Indian journal of veterinary science and animal husbandry - Volumes 22-23, 1952-1953
Year: 1952
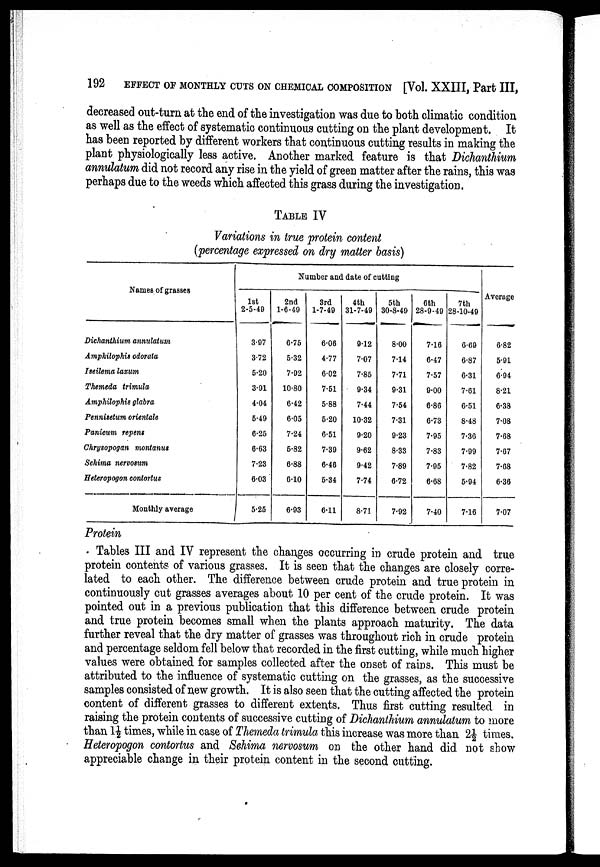
192
EFFECT OF MONTHLY CUTS ON CHEMICAL COMPOSITION [Vol. XXIII, Part III,
decreased out-turn at the end of the investigation was due to both climatic condition
as well as the effect of systematic continuous cutting on the plant development. It
has been reported by different workers that continuous cutting results in making the
plant physiologically less active. Another marked feature is that Dichanthium
annulatum did not record any rise in the yield of green matter after the rains, this was
perhaps due to the weeds which affected this grass during the investigation.
TABLE IV
Variations in true protein content
(percentage expressed on dry matter basis)
Names of grasses
Dichanthium annulatum
Amphilophis odorala
Iseilema laxum
Themeda trimula
Amphilophis glabra
Pennisetum orientale
Panicum repens
Chrysopogan montanus
Sehima nervosum
Heteropogon contortus
Monthly average
Number and date of cutting
1st
2-5-49
3.97
3.72
5.20
3.91
4.04
5.49
6.25
6.63
7.23
6.03
5.25
2nd
1-6-49
6.75
5.32
7.92
10.80
6.42
6.05
7.24
5.82
6.88
640
6.93
3rd
1-7-49
6.06
4.77
6.02
7.51
5.88
5.20
6.51
7.39
6.46
5.34
6.11
4th
31-7-49
9.12
7.07
7.85
9.34
7.44
10.32
9.20
9.62
9.42
7.74
8.71
5th
30-8-49
8.00
7.14
7.71
9.31
7.54
7.31
9.23
8.33
7.89
6.72
7.92
6th
28-9-49
7.16
6.47
7.57
9.00
6.86
6.73
7.95
7.83
7.95
6.68
7.40
7th
28-10-49
6.69
6.87
6.31
7.61
6.51
8.48
7.36
7.99
7.82
5.94
7.16
Average
6.82
5.91
6.94
8.21
6.38
7.08
7.68
7.67
7.68
6.36
7.07
Protein
Tables III and IV represent the changes occurring in crude protein and true
protein contents of various grasses. It is seen that the changes are closely corre-
lated to each other. The difference between crude protein and true protein in
continuously cut grasses averages about 10 per cent of the crude protein. It was
pointed out in a previous publication that this difference between crude protein
and true protein becomes small when the plants approach maturity. The data
further reveal that the dry matter of grasses was throughout rich in crude protein
and percentage seldom fell below that recorded in the first cutting, while much higher
values were obtained for samples collected after the onset of rains. This must be
attributed to the influence of systematic cutting on the grasses, as the successive
samples consisted of new growth. It is also seen that the cutting affected the protein
content of different grasses to different extents. Thus first cutting resulted in
raising the protein contents of successive cutting of Dichanthium annulatum to more
than 1½ times, while in case of Themeda trimula this increase was more than 2½ times.
Heteropogon contortus and Sehima nervosum on the other hand did not show
appreciable change in their protein content in the second cutting.